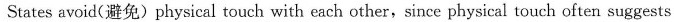
States avoid(避免)physical touch with each other,since physical touch often suggests